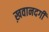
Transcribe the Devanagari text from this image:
ख़वानदगी